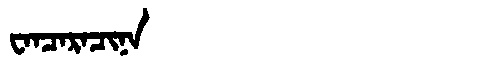
Manchu: ᠸᠠᠨᠴᠠᡵᠠᠴᡳᠨᠠ
Romanization: WANCARACINA